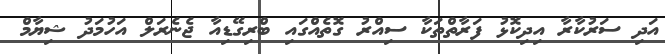
އަދި ސަރުކާރާ އިދިކޮޅު ފަރާތްތަކާ ސިއްރު ގޮތެއްގައި ބްރިގޭޑިއާ ޖެނެރަލް އަހުމަދު ޝިޔާމް